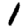
Digit: 1